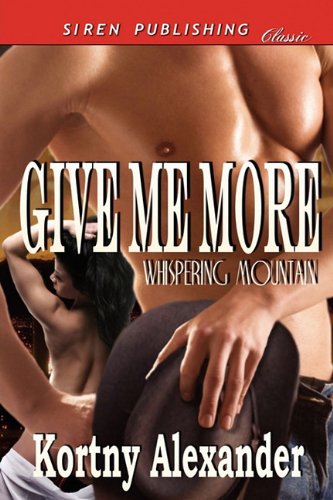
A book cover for Give Me More [Whispering Mountain] (Siren Publishing Classic); Kortny Alexander; Romance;